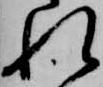
れ